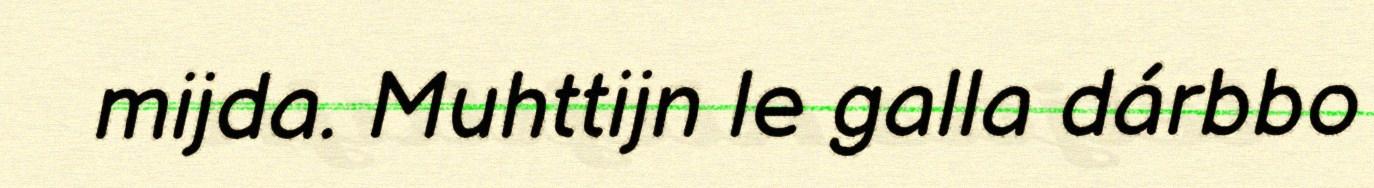
mijda. Muhttijn le galla dárbbo